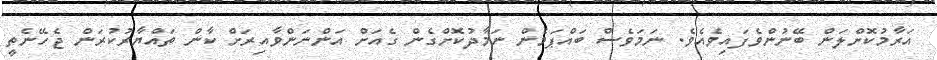
އަރާމުކޮށްލަން ބޭނުންވެފައިވެއެވެ. ނަމަވެސް ބައްޕަމެން ނަމާދުކޮށްގެން ގެއަށް އަންނަންވާއިރަށް ކާން ތައްޔާރުކުރަން ޖެހޭނެތީ